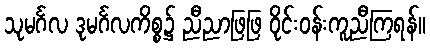
သုမင်္ဂလ ဒုမင်္ဂလကိစ္စ၌ ညီညာဖြဖြ ဝိုင်းဝန်းကူညီကြရန်။